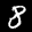
Label: 8